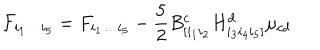
{ \cal F } _ { i _ { 1 } \dots i _ { 5 } } = F _ { i _ { 1 } \dots i _ { 5 } } - \frac { 5 } { 2 } B _ { [ i _ { 1 } i _ { 2 } } ^ { c } H _ { i _ { 3 } i _ { 4 } i _ { 5 } ] } ^ { d } \mu _ { c d }